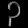
Digit: ၃